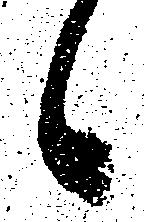
候